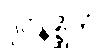
ဒုဝိနိစ္ဆိတံ